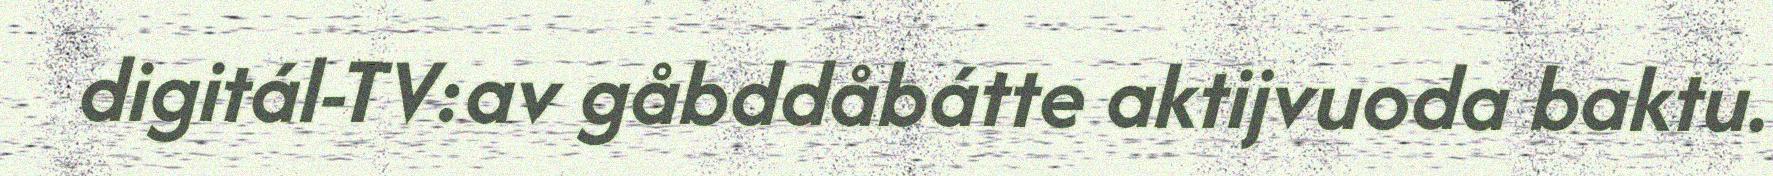
digitál-TV:av gåbddåbátte aktijvuoda baktu.